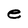
Character: e